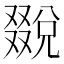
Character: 𠮄